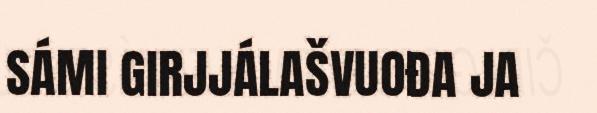
SÁMI GIRJJÁLAŠVUOĐA JA